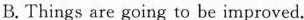
B. Things are going to be improved.